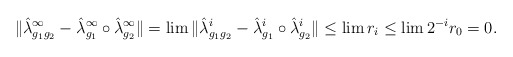
\begin{align*} \lVert\hat{\lambda}^\infty_{g_1g_2} - \hat{\lambda}^\infty_{g_1} \circ \hat{\lambda}^\infty_{g_2}\rVert= \lim{}\lVert\hat{\lambda}^i_{g_1g_2} - \hat{\lambda}^i_{g_1} \circ \hat{\lambda}^i_{g_2}\rVert\leq \lim r_i\leq \lim 2^{-i}r_0= 0.\end{align*}